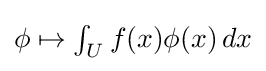
\phi \mapsto \textstyle \int _{U}f(x)\phi (x)\,dx